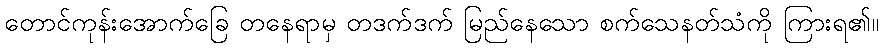
တောင်ကုန်းအောက်ခြေ တနေရာမှ တဒက်ဒက် မြည်နေသော စက်သေနတ်သံကို ကြားရ၏။